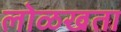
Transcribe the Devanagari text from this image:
लोळखता